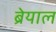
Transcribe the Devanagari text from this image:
ब्रेयाल